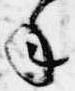
年